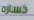
خساره